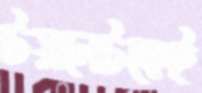
টয়লেটকেই